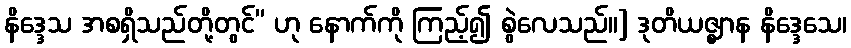
နိဒ္ဒေသ အစရှိသည်တို့တွင်” ဟု နောက်ကို ကြည့်၍ စွဲလေသည်။] ဒုတိယဇ္ဈာန နိဒ္ဒေသေ၊